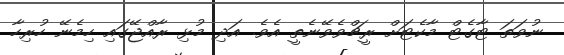
ނުވަތަ ޓާގެޓް މާކެޓަށް ރީޗްވެވޭނެތީ އެވެ. އަދި މުޅި ރާއްޖޭގައި ހިމެނޭ ހުރިހާ